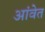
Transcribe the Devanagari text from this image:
आंवेत